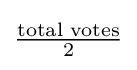
{\textstyle {\frac {\text{total votes}}{2}}}